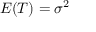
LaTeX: E ( T ) = \sigma ^ { 2 }